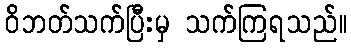
ဝိဘတ်သက်ပြီးမှ သက်ကြရသည်။